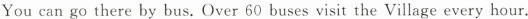
You ean go there by bus. Over 60 buses visit the Village every hour.